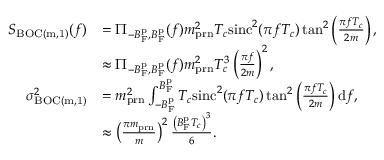
\begin{array} { r l } { S _ { \mathrm { B O C ( m , 1 ) } } ( f ) } & { = \Pi _ { - B _ { \mathrm { F } } ^ { \mathrm { p } } , B _ { \mathrm { F } } ^ { \mathrm { p } } } ( f ) m _ { \mathrm { p r n } } ^ { 2 } T _ { c } \mathrm { s i n c } ^ { 2 } ( \pi f T _ { c } ) \tan ^ { 2 } \left( \frac { \pi f T _ { c } } { 2 m } \right) , } \\ & { \approx \Pi _ { - B _ { \mathrm { F } } ^ { \mathrm { p } } , B _ { \mathrm { F } } ^ { \mathrm { p } } } ( f ) m _ { \mathrm { p r n } } ^ { 2 } T _ { c } ^ { 3 } \left( \frac { \pi f } { 2 m } \right) ^ { 2 } , } \\ { \sigma _ { \mathrm { B O C ( m , 1 ) } } ^ { 2 } } & { = m _ { \mathrm { p r n } } ^ { 2 } \int _ { - B _ { \mathrm { F } } ^ { \mathrm { p } } } ^ { B _ { \mathrm { F } } ^ { \mathrm { p } } } T _ { c } \mathrm { s i n c } ^ { 2 } ( \pi f T _ { c } ) \tan ^ { 2 } \left( \frac { \pi f T _ { c } } { 2 m } \right) \mathrm { d } f , } \\ & { \approx \left( \frac { \pi m _ { \mathrm { p r n } } } { m } \right) ^ { 2 } \frac { \left( B _ { \mathrm { F } } ^ { \mathrm { p } } T _ { c } \right) ^ { 3 } } { 6 } . } \end{array}